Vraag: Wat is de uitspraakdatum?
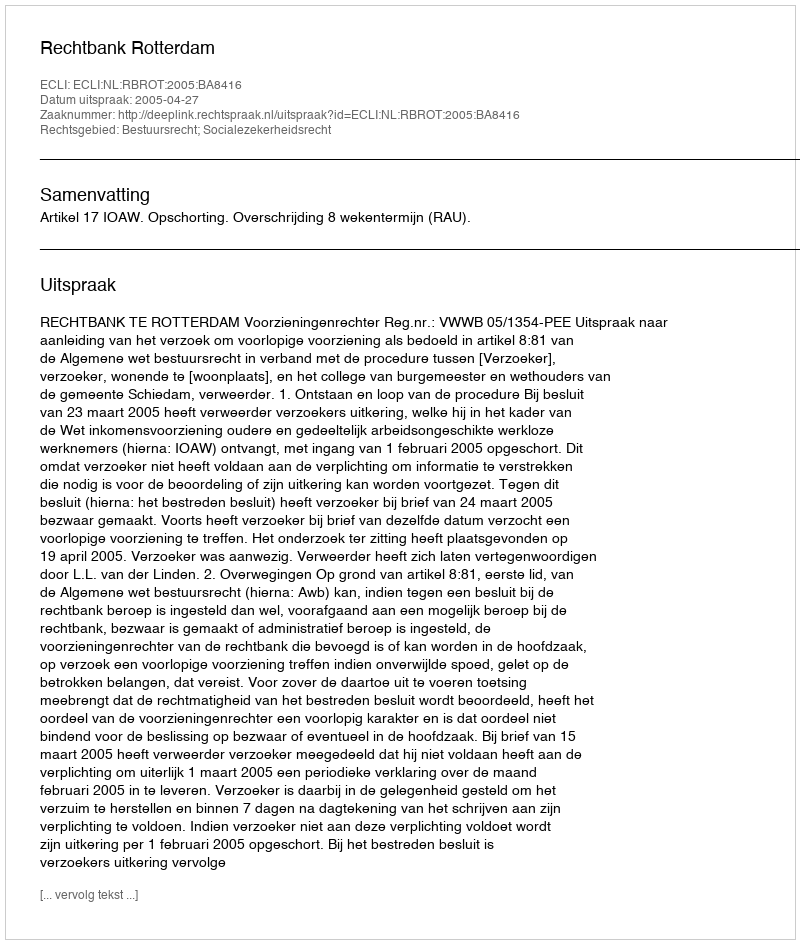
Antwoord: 2005-04-27